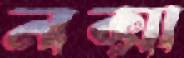
নক্সা